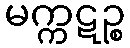
မက္ကဋဉ္စ